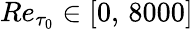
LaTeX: {Re}_{\tau_{0}}\in[0,\, 8000]